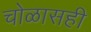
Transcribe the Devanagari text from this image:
चोळासही